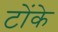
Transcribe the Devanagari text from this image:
टोंके